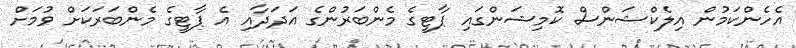
އެހެންކަމުން އިލެކްޝަންސް ކޮމިޝަންގައި ޕާޓީގެ މެންބަރުންގެ އަދަދާއި އެ ޕާޓީގެ މެންބަރަކަށް ވުމަށް